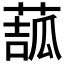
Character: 𦸉